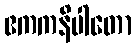
ဧကကနိပါတော